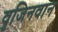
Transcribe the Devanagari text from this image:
वृजिनवान